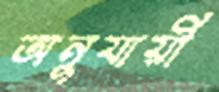
অনুযায়ী